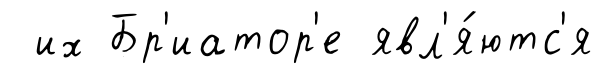
их Бр'иатор'е явл'я́ютс'я